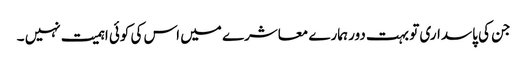
جن کی پاسداری تو بہت دور ہمارے معاشرے میں اس کی کوئی اہمیت نہیں ۔